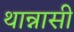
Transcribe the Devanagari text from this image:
थान्नासी